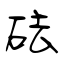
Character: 砝